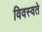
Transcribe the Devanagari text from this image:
विवस्वते